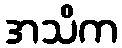
အသိက